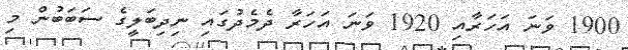
1900 ވަނަ އަހަރާއި 1920 ވަނަ އަހަރާ ދެމެދުގައި ނިދިބަލީގެ ސަބަބުން މި